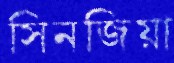
সিনজিয়া